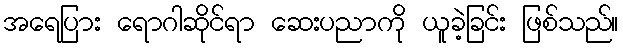
အရေပြား ရောဂါဆိုင်ရာ ဆေးပညာကို ယူခဲ့ခြင်း ဖြစ်သည်။